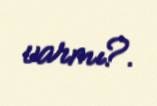
varmı?.